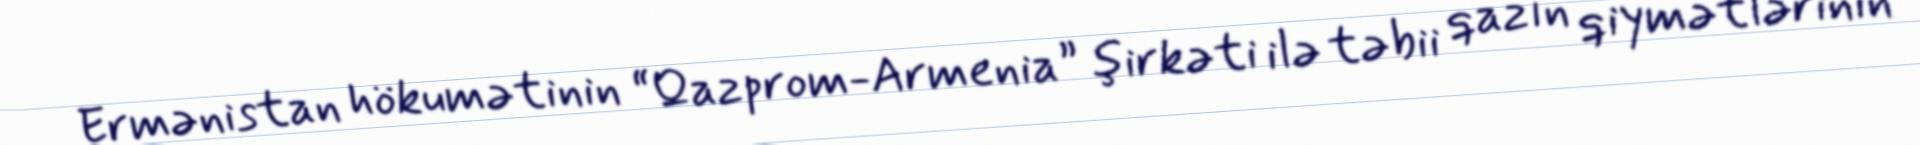
Ermənistan hökumətinin “Qazprom-Armenia” şirkəti ilə təbii qazın qiymətlərinin